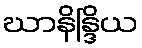
ဃာနိန္ဒြိယ